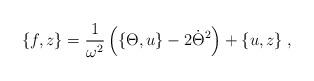
LaTeX: \begin{align*}\{ f,z\} = \frac{1}{\omega^{2}} \left( \{\Theta,u\} -2\dot{\Theta}^{2}\right) + \{u,z\} \; ,\end{align*}